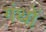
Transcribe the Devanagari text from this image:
गंथों